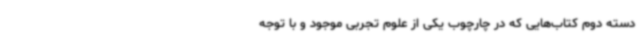
دسته دوم کتاب‌هایی که در چارچوب یکی از علوم تجربی موجود و با توجه